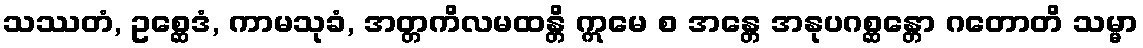
သဿတံ, ဥစ္ဆေဒံ, ကာမသုခံ, အတ္တကိလမထန္တိ ဣမေ စ အန္တေ အနုပဂစ္ဆန္တော ဂတောတိ သမ္မာ